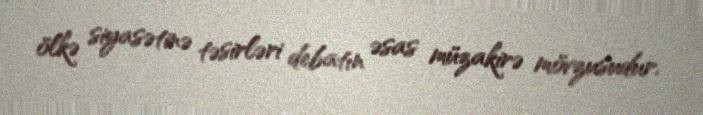
ölkə siyasətinə təsirləri debatın əsas müzakirə mövzusudur.